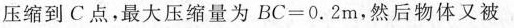
压缩到C点，最大压缩量为$$BC=0.2$$m，然后物体又被